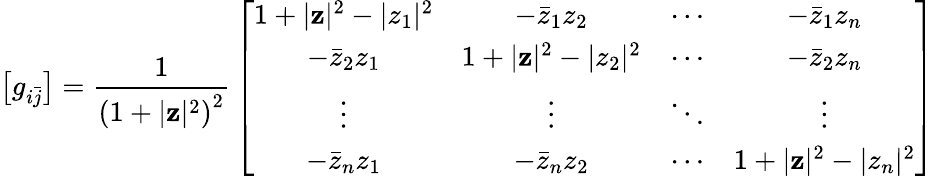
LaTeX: {\bigl[}g_{i{\bar{j}}}{\bigr]}={\frac{1}{\left(1+|\mathbf{z}|{\vphantom{l}}^{2}\right)^{2}}}\left[{\begin{array}{cccc}{1+|\mathbf{z}|^{2}-|z_{1}|^{2}}&{-{\bar{z}}_{1}z_{2}}&{\cdots}&{-{\bar{z}}_{1}z_{n}}\\ {-{\bar{z}}_{2}z_{1}}&{1+|\mathbf{z}|^{2}-|z_{2}|^{2}}&{\cdots}&{-{\bar{z}}_{2}z_{n}}\\ {\vdots}&{\vdots}&{\ddots}&{\vdots}\\ {-{\bar{z}}_{n}z_{1}}&{-{\bar{z}}_{n}z_{2}}&{\cdots}&{1+|\mathbf{z}|^{2}-|z_{n}|^{2}}\end{array}}\right]